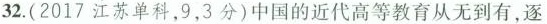
32.(2017江苏单科，9，3分)中国的近代高等教育从无到有，逐